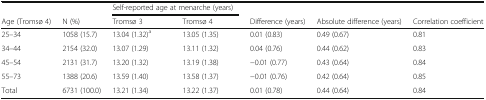
<table><thead><tr><td></td><td></td><td colspan="2"><b>Self-reported age at menarche (years)</b></td><td></td><td></td><td></td></tr><tr><td><b>Age (Tromsø 4)</b></td><td><b>N (%)</b></td><td><b>Tromsø 3</b></td><td><b>Tromsø 4</b></td><td><b>Difference (years)</b></td><td><b>Absolute difference (years)</b></td><td><b>Correlation coefficient</b></td></tr></thead><tbody><tr><td>25–34</td><td>1058 (15.7)</td><td>13.04 (1.32)<sup>a</sup></td><td>13.05 (1.35)</td><td>0.01 (0.83)</td><td>0.49 (0.67)</td><td>0.81</td></tr><tr><td>34–44</td><td>2154 (32.0)</td><td>13.07 (1.29)</td><td>13.11 (1.32)</td><td>0.04 (0.76)</td><td>0.44 (0.62)</td><td>0.83</td></tr><tr><td>45–54</td><td>2131 (31.7)</td><td>13.20 (1.32)</td><td>13.19 (1.38)</td><td>−0.01 (0.77)</td><td>0.43 (0.64)</td><td>0.84</td></tr><tr><td>55–73</td><td>1388 (20.6)</td><td>13.59 (1.40)</td><td>13.58 (1.37)</td><td>−0.01 (0.76)</td><td>0.42 (0.64)</td><td>0.85</td></tr><tr><td>Total</td><td>6731 (100.0)</td><td>13.21 (1.34)</td><td>13.22 (1.37)</td><td>0.01 (0.78)</td><td>0.44 (0.64)</td><td>0.84</td></tr></tbody></table>